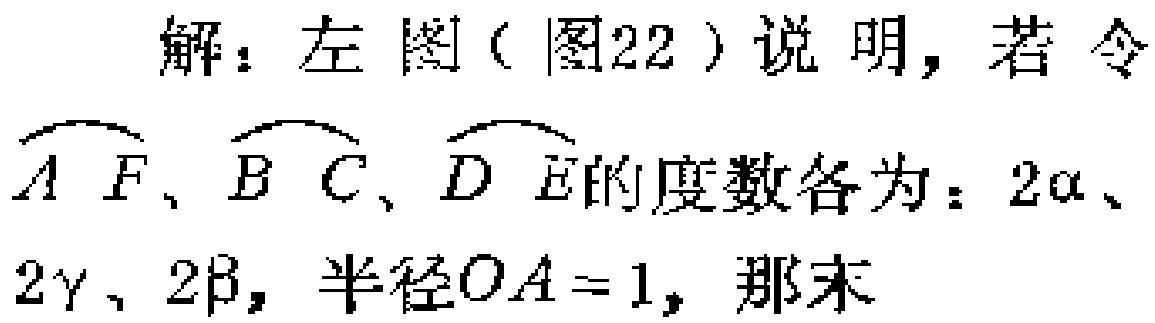
解：左图（图22）说明，若令$\overset{\frown}{AF}$、$\overset{\frown}{BC}$、$\overset{\frown}{DE}$的度数各为：$2\alpha$、$2\gamma$、$2\beta$，半径$OA = 1$，那末